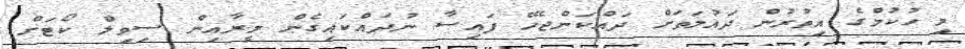
މި ހުކުމްގެ އިތުރުން ދައުލަތަށް ދައްކަންޖެހޭ ފައިސާ ނުދައްކައިގެން މީރާއިން ސިވިލް ކޯޓަށް